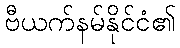
ဗီယက်နမ်နိုင်ငံ၏